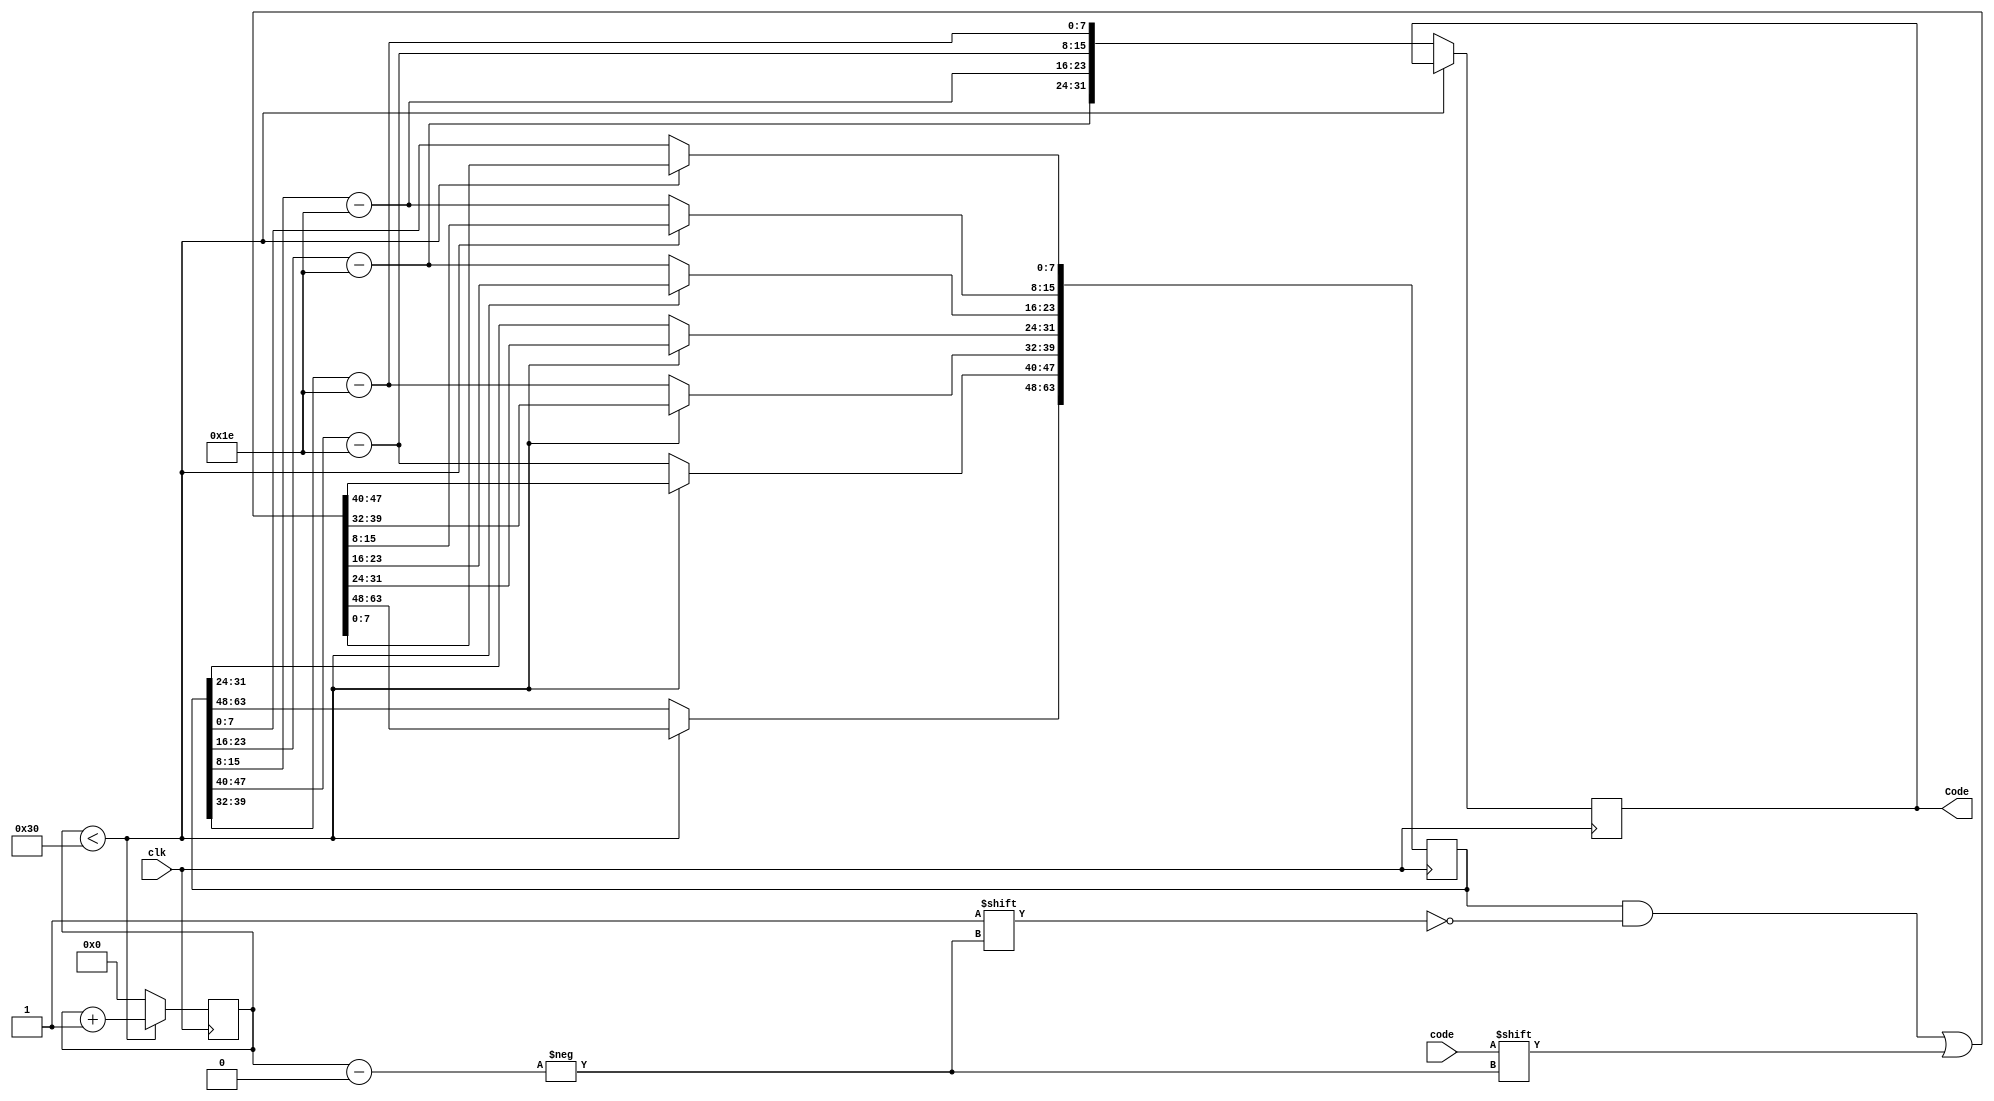
//
module Code_prcs (
    input code,
    input clk,
    output reg [31:0] Code
);
reg [63:0] t;
reg [7:0] cnt;

initial begin
    cnt = 4'b0;
end

always @(posedge clk) begin
    if(cnt<48)begin
        t[cnt] = code;
        cnt = cnt+1;
    end
    else begin
        t[23:16] = t[23:16] - 30;
        t[15:8]  = t[15:8]  - 30;
        t[47:40] = t[47:40] - 30;
        t[39:32] = t[39:32] - 30;
        Code = {t[23:8], t[47:32]};
        cnt = 0;
    end
end

endmodule